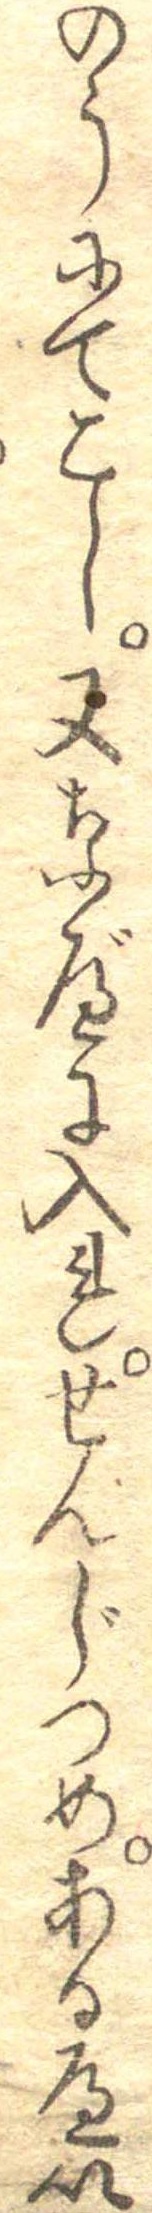
のうにてこし又なべに入れせんじつめあるへい